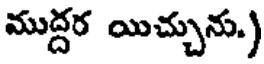
ముద్దర యిచ్చును.)